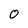
Character: 0